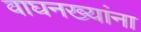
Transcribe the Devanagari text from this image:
वाघनख्यांना